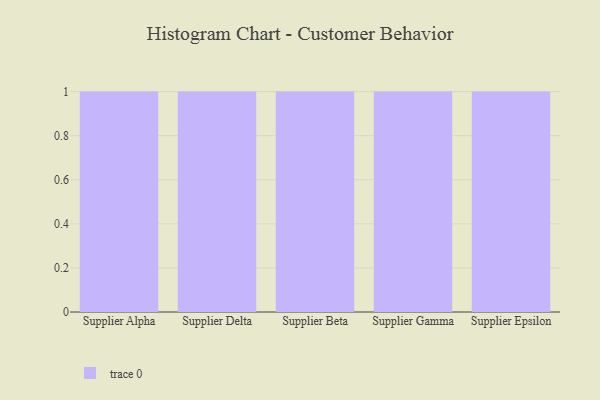
{"axis": {"x": "Supplier", "y": "Backlog"}, "legend": [""], "data": [{"x": "Supplier Alpha", "y": 80, "type": ""}, {"x": "Supplier Delta", "y": 31, "type": ""}, {"x": "Supplier Beta", "y": 93, "type": ""}, {"x": "Supplier Gamma", "y": 6, "type": ""}, {"x": "Supplier Epsilon", "y": 68, "type": ""}]}